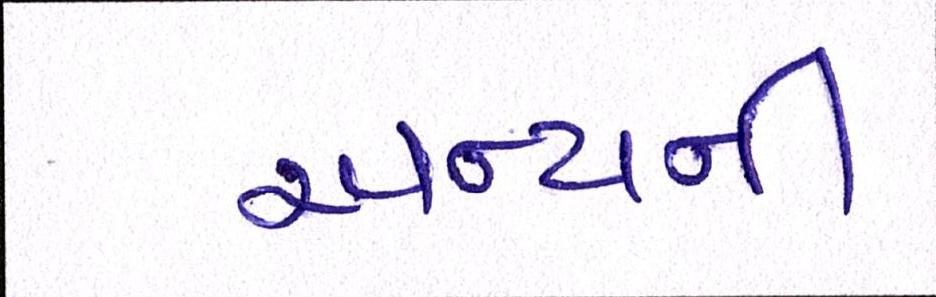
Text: અન્યની